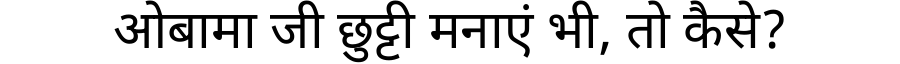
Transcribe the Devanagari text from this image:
ओबामा जी छुट्टी मनाएं भी, तो कैसे?